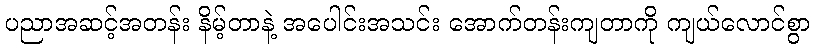
ပညာအဆင့်အတန်း နိမ့်တာနဲ့ အပေါင်းအသင်း အောက်တန်းကျတာကို ကျယ်လောင်စွာ